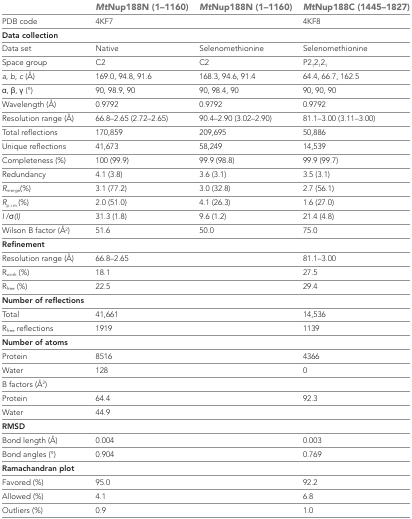
<table><thead><tr><td></td><td><b><i>Mt</i>Nup188N (1–1160)</b></td><td><b><i>Mt</i>Nup188N (1–1160)</b></td><td><b><i>Mt</i>Nup188C (1445–1827)</b></td></tr></thead><tbody><tr><td>PDB code</td><td>4KF7</td><td></td><td>4KF8</td></tr><tr><td colspan="4"><b>Data collection</b></td></tr><tr><td>Data set</td><td>Native</td><td>Selenomethionine</td><td>Selenomethionine</td></tr><tr><td>Space group</td><td>C2</td><td>C2</td><td>P2<sub>1</sub>2<sub>1</sub>2<sub>1</sub></td></tr><tr><td><i>a</i>, <i>b</i>, <i>c</i> (Å)</td><td>169.0, 94.8, 91.6</td><td>168.3, 94.6, 91.4</td><td>64.4, 66.7, 162.5</td></tr><tr><td>α, β, γ (°)</td><td>90, 98.9, 90</td><td>90, 98.4, 90</td><td>90, 90, 90</td></tr><tr><td>Wavelength (Å)</td><td>0.9792</td><td>0.9792</td><td>0.9792</td></tr><tr><td>Resolution range (Å)</td><td>66.8–2.65 (2.72–2.65)</td><td>90.4–2.90 (3.02–2.90)</td><td>81.1–3.00 (3.11–3.00)</td></tr><tr><td>Total reflections</td><td>170,859</td><td>209,695</td><td>50,886</td></tr><tr><td>Unique reflections</td><td>41,673</td><td>58,249</td><td>14,539</td></tr><tr><td>Completeness (%)</td><td>100 (99.9)</td><td>99.9 (98.8)</td><td>99.9 (99.7)</td></tr><tr><td>Redundancy</td><td>4.1 (3.8)</td><td>3.6 (3.1)</td><td>3.5 (3.1)</td></tr><tr><td><i>R</i><sub>merge</sub>(%)</td><td>3.1 (77.2)</td><td>3.0 (32.8)</td><td>2.7 (56.1)</td></tr><tr><td><i>R</i><sub>p.i.m.</sub>(%)</td><td>2.0 (51.0)</td><td>4.1 (26.3)</td><td>1.6 (27.0)</td></tr><tr><td><i>I</i> /σ<i>(I)</i></td><td>31.3 (1.8)</td><td>9.6 (1.2)</td><td>21.4 (4.8)</td></tr><tr><td>Wilson B factor (Å<sup>2</sup>)</td><td>51.6</td><td>50.0</td><td>75.0</td></tr><tr><td colspan="4"><b>Refinement</b></td></tr><tr><td>Resolution range (Å)</td><td>66.8–2.65</td><td></td><td>81.1–3.00</td></tr><tr><td>R<sub>work</sub> (%)</td><td>18.1</td><td></td><td>27.5</td></tr><tr><td>R<sub>free</sub> (%)</td><td>22.5</td><td></td><td>29.4</td></tr><tr><td colspan="4"><b>Number of reflections</b></td></tr><tr><td>Total</td><td>41,661</td><td></td><td>14,536</td></tr><tr><td>R<sub>free</sub> reflections</td><td>1919</td><td></td><td>1139</td></tr><tr><td colspan="4"><b>Number of atoms</b></td></tr><tr><td>Protein</td><td>8516</td><td></td><td>4366</td></tr><tr><td>Water</td><td>128</td><td></td><td>0</td></tr><tr><td colspan="4">B factors (Å<sup>2</sup>)</td></tr><tr><td>Protein</td><td>64.4</td><td></td><td>92.3</td></tr><tr><td>Water</td><td>44.9</td><td></td><td></td></tr><tr><td colspan="4"><b>RMSD</b></td></tr><tr><td>Bond length (Å)</td><td>0.004</td><td></td><td>0.003</td></tr><tr><td>Bond angles (°)</td><td>0.904</td><td></td><td>0.769</td></tr><tr><td colspan="4"><b>Ramachandran plot</b></td></tr><tr><td>Favored (%)</td><td>95.0</td><td></td><td>92.2</td></tr><tr><td>Allowed (%)</td><td>4.1</td><td></td><td>6.8</td></tr><tr><td>Outliers (%)</td><td>0.9</td><td></td><td>1.0</td></tr></tbody></table>